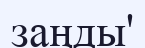
заңды'